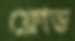
ফ্রোড